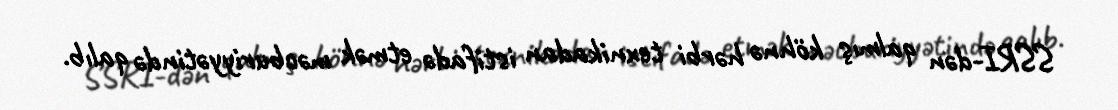
SSRI-dən qalmış köhnə hərbi texnikadan istifadə etmək məcburiyyətində qalıb.